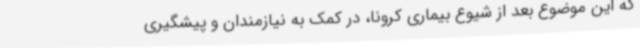
که این موضوع بعد از شیوع بیماری کرونا، در کمک به نیازمندان و پیشگیری